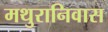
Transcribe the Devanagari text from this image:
मथुरानिवास